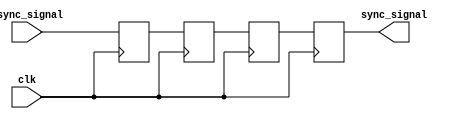
module triple_ff_synchronizer (
    input wire async_signal,  // Asynchronous input signal
    input wire clk,           // Clock signal of the synchronous domain
    output reg sync_signal     // Synchronized output signal
);

    // Internal flip-flop signals
    reg ff1, ff2, ff3;

    // Sequential logic for the flip-flops
    always @(posedge clk) begin
        ff1 <= async_signal;  // First flip-flop captures the async signal
        ff2 <= ff1;           // Second flip-flop captures the output of the first
        ff3 <= ff2;           // Third flip-flop captures the output of the second
    end

    // Assign the final synchronized output
    always @(posedge clk) begin
        sync_signal <= ff3;   // Output the result of the third flip-flop
    end

endmodule